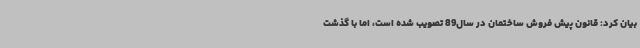
بیان کرد: قانون پیش فروش ساختمان در سال89 تصویب شده است، اما با گذشت